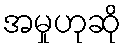
အမှုဟုဆို